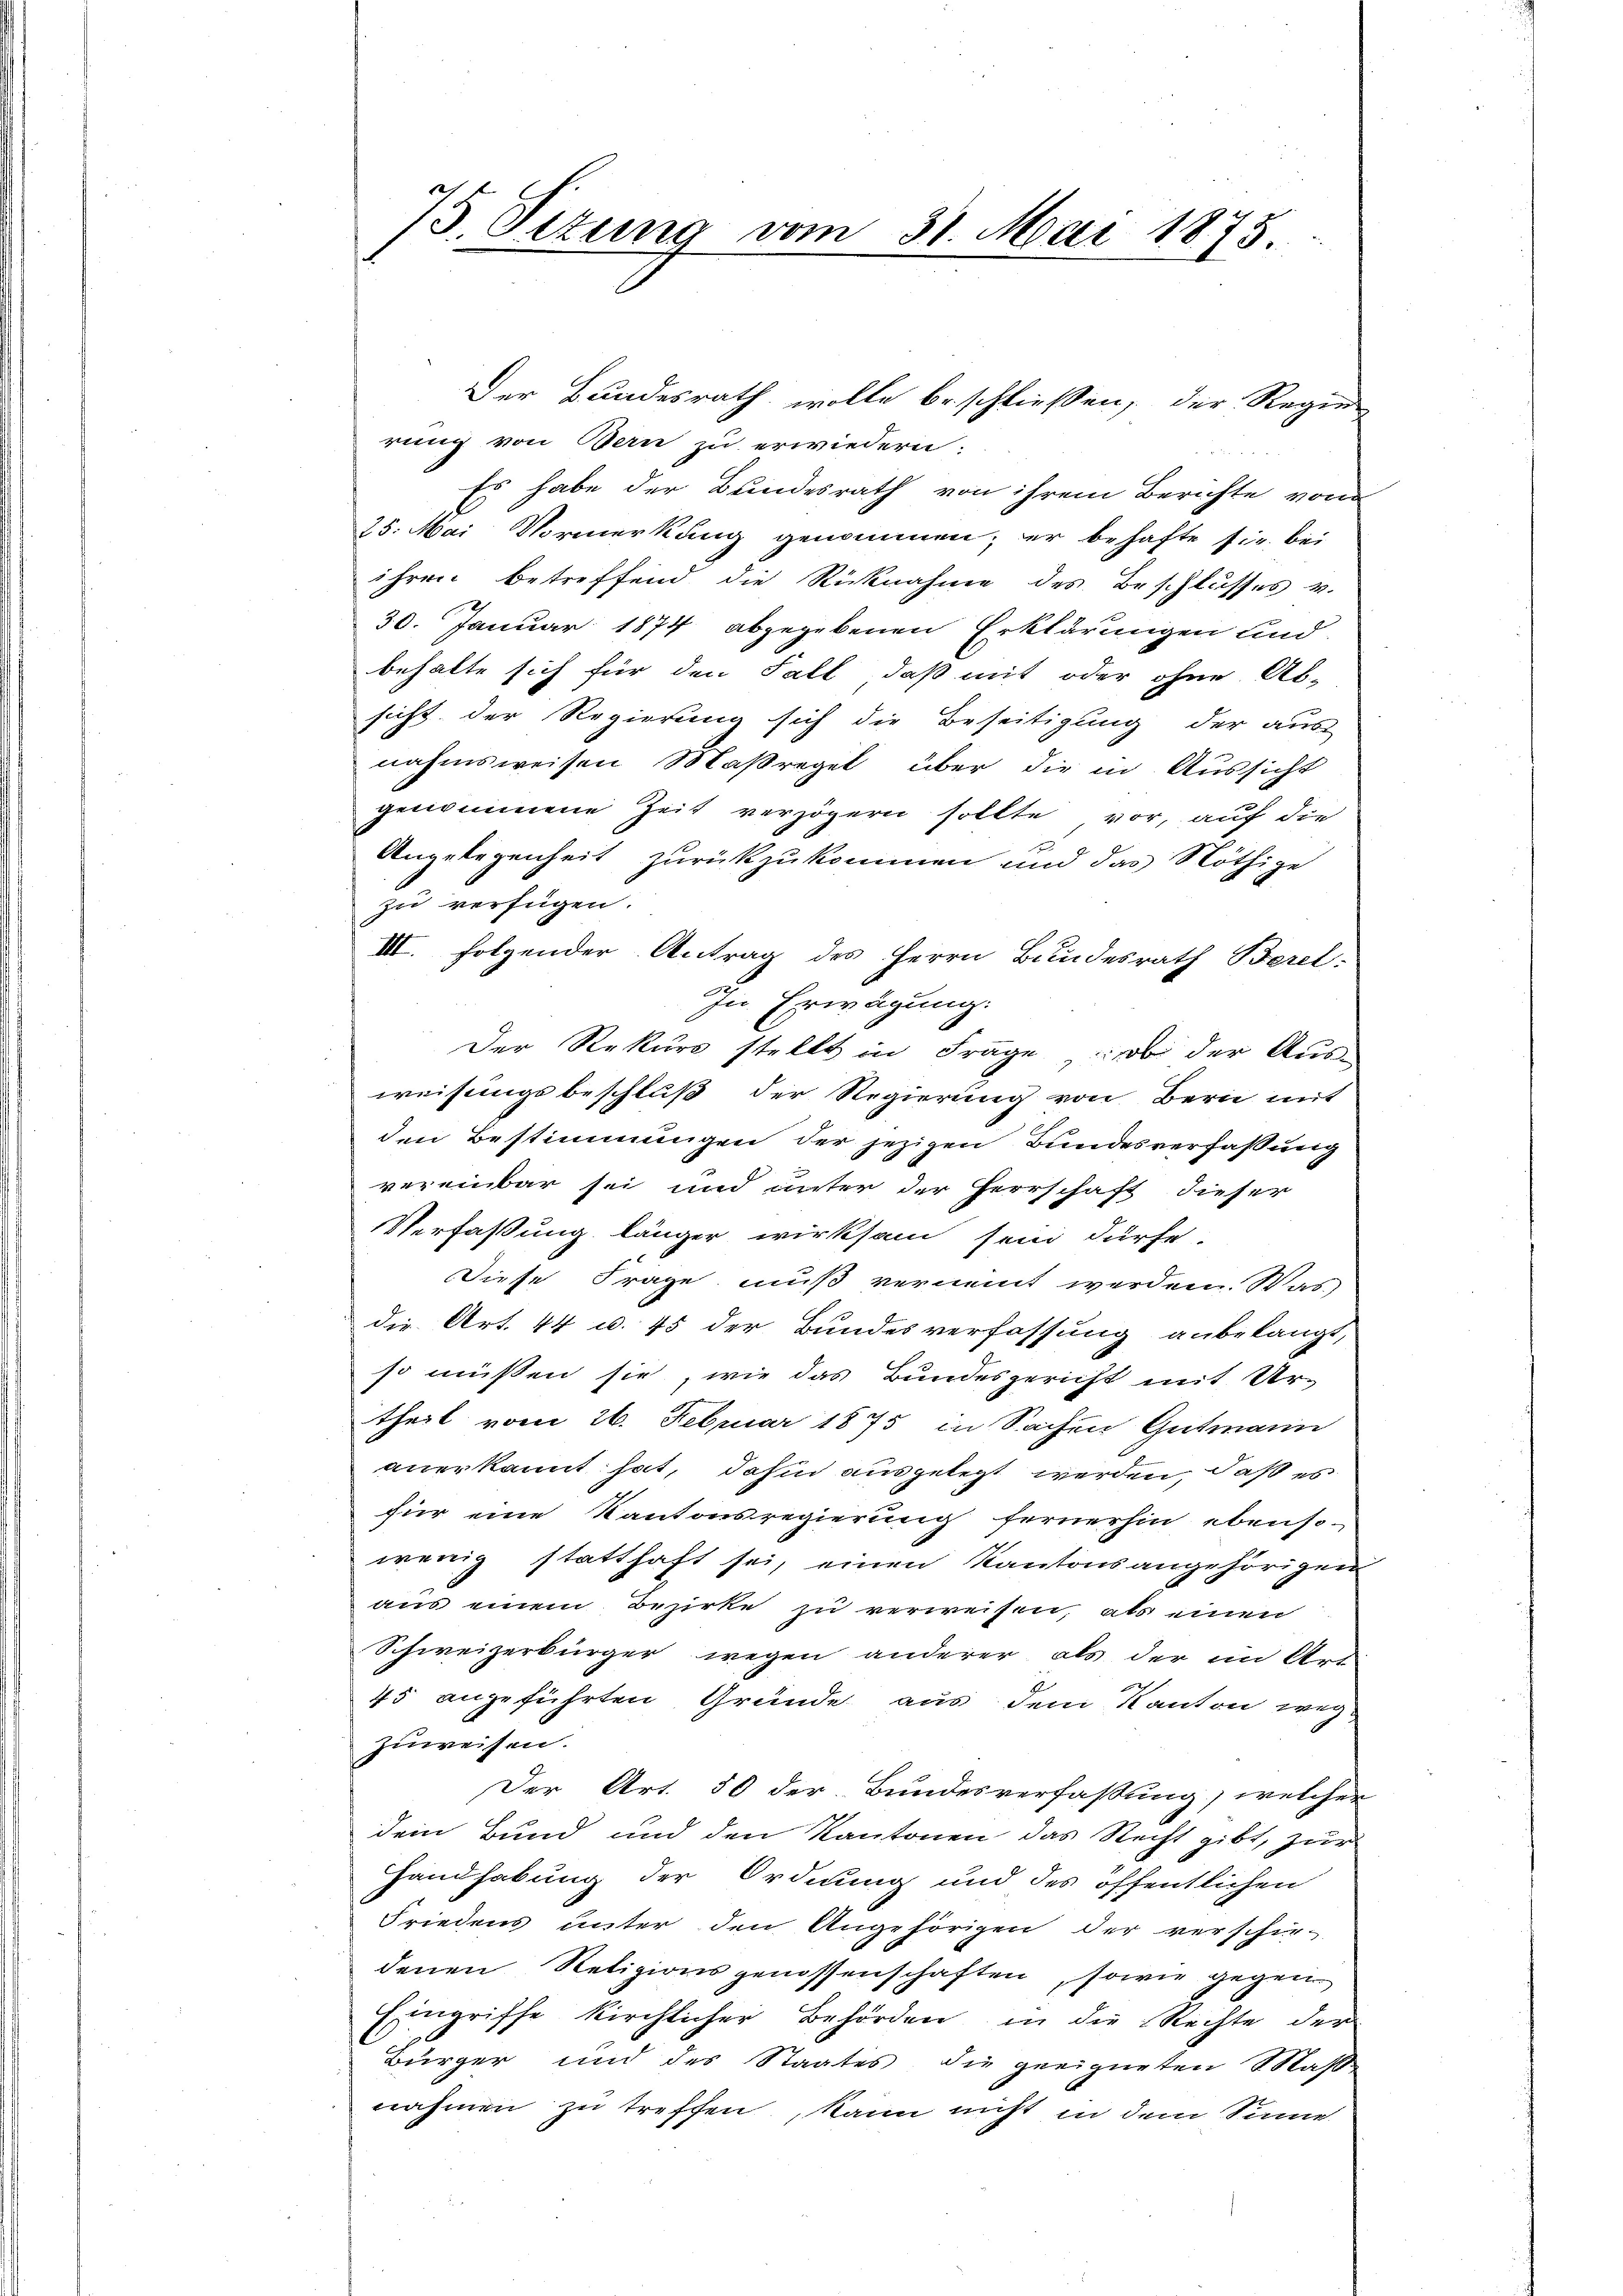
Der Bundesrath wolle beschließen, der Regie
rung von Bern zu erwiedern.
Es habe der Bundesrath von ihrem Berichte von
25. Mai Vormerkung genommen; er behafte sie bei
ihren betreffend die Rücknahme des Beschlusses v.
30. Januar 1874 abgegebenen Erklärungen und
behalte sich für den Fall, daß mit oder ohne Ab-
sicht der Regierung sich die Beseitigung der aus
nahmsweisen Maßregel über die in Aussicht
genommene Zeit verzögern sollte vor, auf die
x
Angelegenheit zurückzukommen und das Nöthige
zu verfügen.
III. folgender Antrag des Herrn Bundesrath Berel:
In Erwägung.
Der Rekurs stellt in Frage, ob der Aus-
weisungsbeschluß der Regierung von Bern mit
den Bestimmungen der jezigen Bundesverfassung
vereinbar sei und unter der Herrschaft dieser
Verfaßung länger wirksam sein dürfe.
Diese Frage muß vernennt werden. Was
die Art. 44 u. 45 der Bundesverfassung anbelangt,
so müßen sie, wie das Bundesgericht mit Ur-
theil vom 26. Februar 1875 in Sachen Gutmann
anerkannt hat, dahin ausgelegt werden, daß es
für eine Kantonsregierung fernerhin ebenso-
wenig statthaft sei, einen Kantonsangehörigen
aus einem Bezirke zu verweisen, als einen
Schweizerbürger wegen anderer als der im Art
45 angeführten Gründe aus dem Kanton wegzuweisen.
Der Art. 50 der Bundesverfassung, welcher
dem Bund und den Kantonen das Recht gibt, zur
Handhabung der Ordnung und des öffentlichen
Friedens unter den Angehörigen der verschie-
denen Religionsgenossenschaften, sowie gegen
Eingriffe kirchlicher Behörden in die Rechte der
Bürger und des Staates die geeigneten Maß-
nahmen zu treffen, kann nicht in dem Sinne

75. Sizung vom 31. Mai 1875